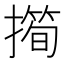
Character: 𢵀